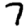
Digit: 7